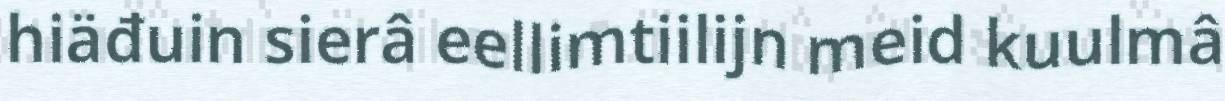
hiäđuin sierâ eellimtiilijn meid kuulmâ